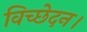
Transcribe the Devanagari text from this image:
विच्छेदन।